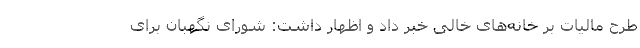
طرح مالیات بر خانه‌های خالی خبر داد و اظهار داشت: شورای نگهبان برای